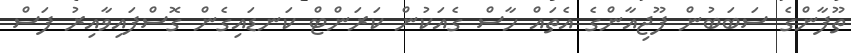
ތޫފާންގެ ސަބަބުން ފޫޖިއާންގެ އެތައް ހާސް ގެއަކުން ކަރަންޓް ކަނޑައިގެން ގޮސްފައިވާއިރު ފަސް